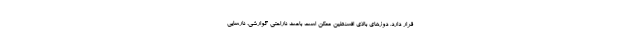
قرار دارد. دوزهای بالای افسنطین ممکن است باعث ناراحتی گوارشی، نارسایی